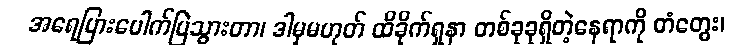
အရေပြားပေါက်ပြဲသွားတာ၊ ဒါမှမဟုတ် ထိခိုက်ရှနာ တစ်ခုခုရှိတဲ့နေရာကို တံတွေး၊